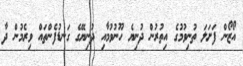
އޯޒޯން ފަށަލަ ތުނިވުމުގެ އިތުރުން ދުނިޔެ ހޫނުވުމާއި ދުނިޔޭގެ ގަނޑުފެންތައް ވިރެމުން ދާ